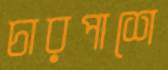
চারপাশে